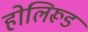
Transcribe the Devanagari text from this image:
होलिरूड